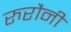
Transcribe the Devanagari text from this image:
रुरौनी